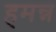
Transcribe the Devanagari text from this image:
हमन्न